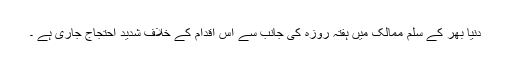
دنیا بھر کے سلم ممالک میں ہفتہ روزہ کی جانب سے اس اقدام کے خلاف شدید احتجاج جاری ہے ۔